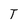
Character: T